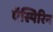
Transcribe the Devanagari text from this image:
ऍस्पिरिन